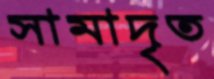
সামাদৃত